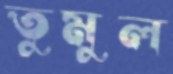
তুমুল